Senior Leaving Certificate Examination (including Day School Certificate (Higher) General paper), 1949
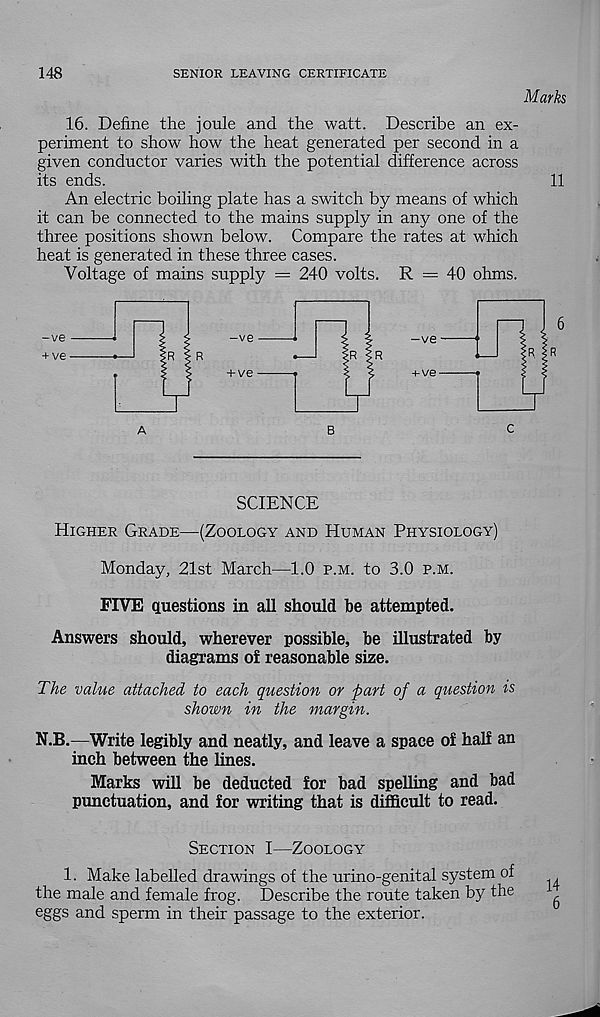
148
SENIOR LEAVING CERTIFICATE
16. Define the joule and the watt. Describe an ex-
periment to show how the heat generated per second in a
given conductor varies with the potential difference across
its ends.
An electric boiling plate has a switch by means of which
it can be connected to the mains supply in any one of the
three positions shown below. Compare the rates at which
heat is generated in these three cases.
Voltage of mains supply = 240 volts. R = 40 ohms.
ABC
SCIENCE
Higher Grade—(Zoology and Human Physiology)
Monday, 21st March—1.0 p.m. to 3.0 p.m.
FIVE questions in all should be attempted.
Answers should, wherever possible, be illustrated by
diagrams of reasonable size.
The value attached to each question or part of a question is
shown in the margin.
N.B.—Write legibly and neatly, and leave a space of half an
inch between the lines.
Marks will be deducted for bad spelling and bad
punctuation, and for writing that is difficult to read.
Section I—Zoology
1. Make labelled drawings of the urino-genital system of
the male and female frog. Describe the route taken by the
eggs and sperm in their passage to the exterior.